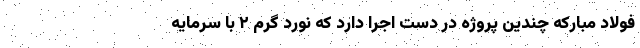
فولاد مبارکه چندین پروژه در دست اجرا دارد که نورد گرم ۲ با سرمایه